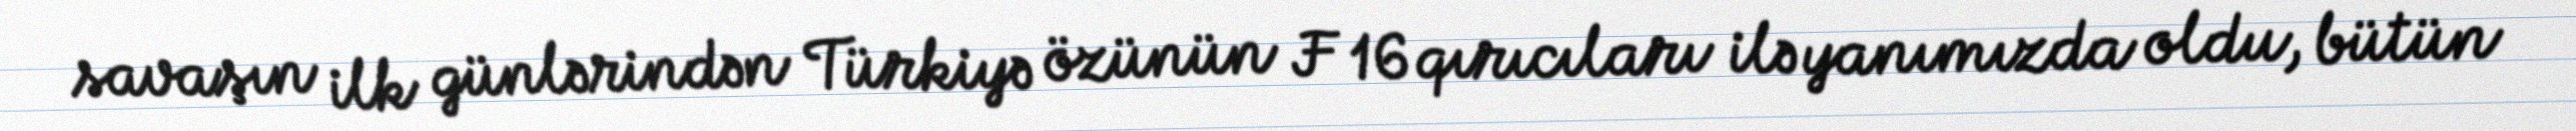
savaşın ilk günlərindən Türkiyə özünün F 16 qırıcıları ilə yanımızda oldu, bütün